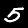
Digit: 5